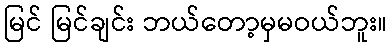
မြင် မြင်ချင်း ဘယ်တော့မှမဝယ်ဘူး။